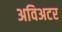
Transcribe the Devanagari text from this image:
अविअटर